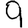
Digit: 9